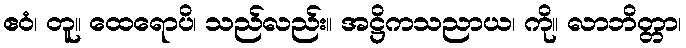
ဧဝံ၊ တူ။ ထေရောပိ၊ သည်လည်း။ အဋ္ဌိကသညာယ၊ ကို။ လာဘိတ္တာ၊